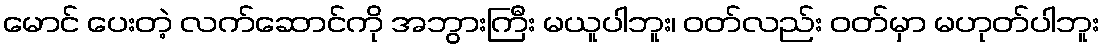
မောင် ပေးတဲ့ လက်ဆောင်ကို အဘွားကြီး မယူပါဘူး၊ ဝတ်လည်း ဝတ်မှာ မဟုတ်ပါဘူး